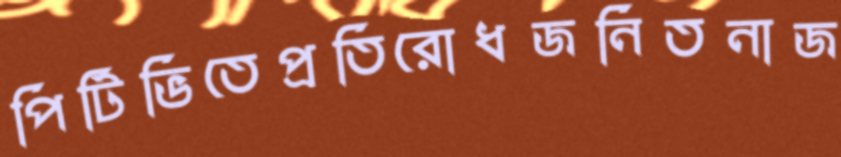
পিটিভিতেপ্রতিরোধজনিতনাজ